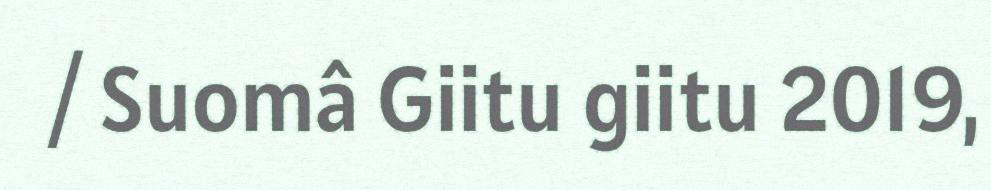
/ Suomâ Giitu giitu 2019,